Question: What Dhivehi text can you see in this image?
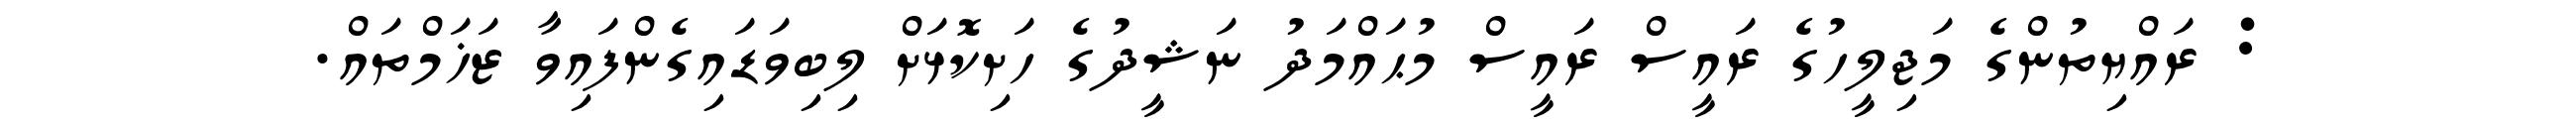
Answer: : ރައްޔިތުންގެ މަޖިލީހުގެ ރައީސް ރައީސް މުޙައްމަދު ނަޝީދުގެ ހަށިކޮޅަށް ލިބިވަޑައިގެންފައިވާ ޒަޚަމްތައް.